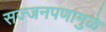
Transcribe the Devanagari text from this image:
सज्जनपणामुळे